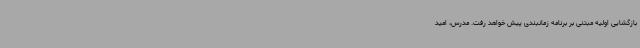
بازگشایی اولیه مبتنی بر برنامه زمانبندی پیش خواهد رفت. مدرس، امید